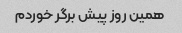
همین روز پیش برگر خوردم